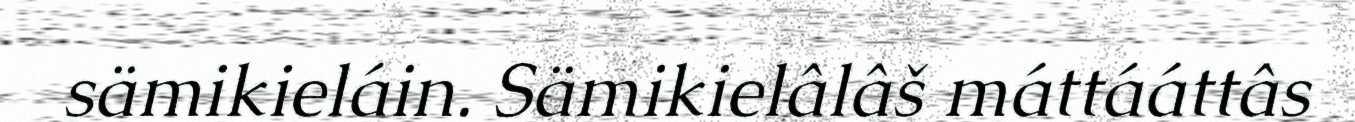
sämikieláin. Sämikielâlâš máttááttâs